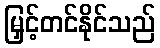
မြှင့်တင်နိုင်သည်